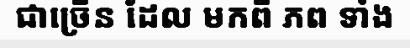
ជាច្រើន ដែល មកពី ភព ទាំង